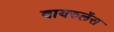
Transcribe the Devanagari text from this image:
वायरुलेंस